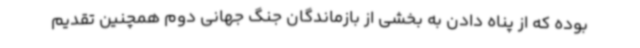
بوده که از پناه دادن به بخشی از بازماندگان جنگ جهانی دوم همچنین تقدیم